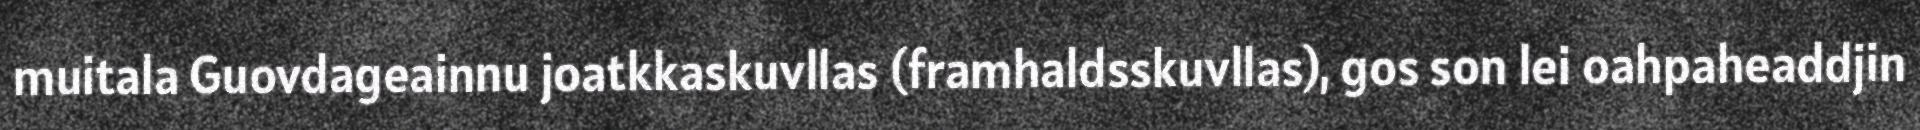
muitala Guovdageainnu joatkkaskuvllas (framhaldsskuvllas), gos son lei oahpaheaddjin